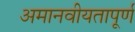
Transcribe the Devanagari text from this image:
अमानवीयतापूर्ण